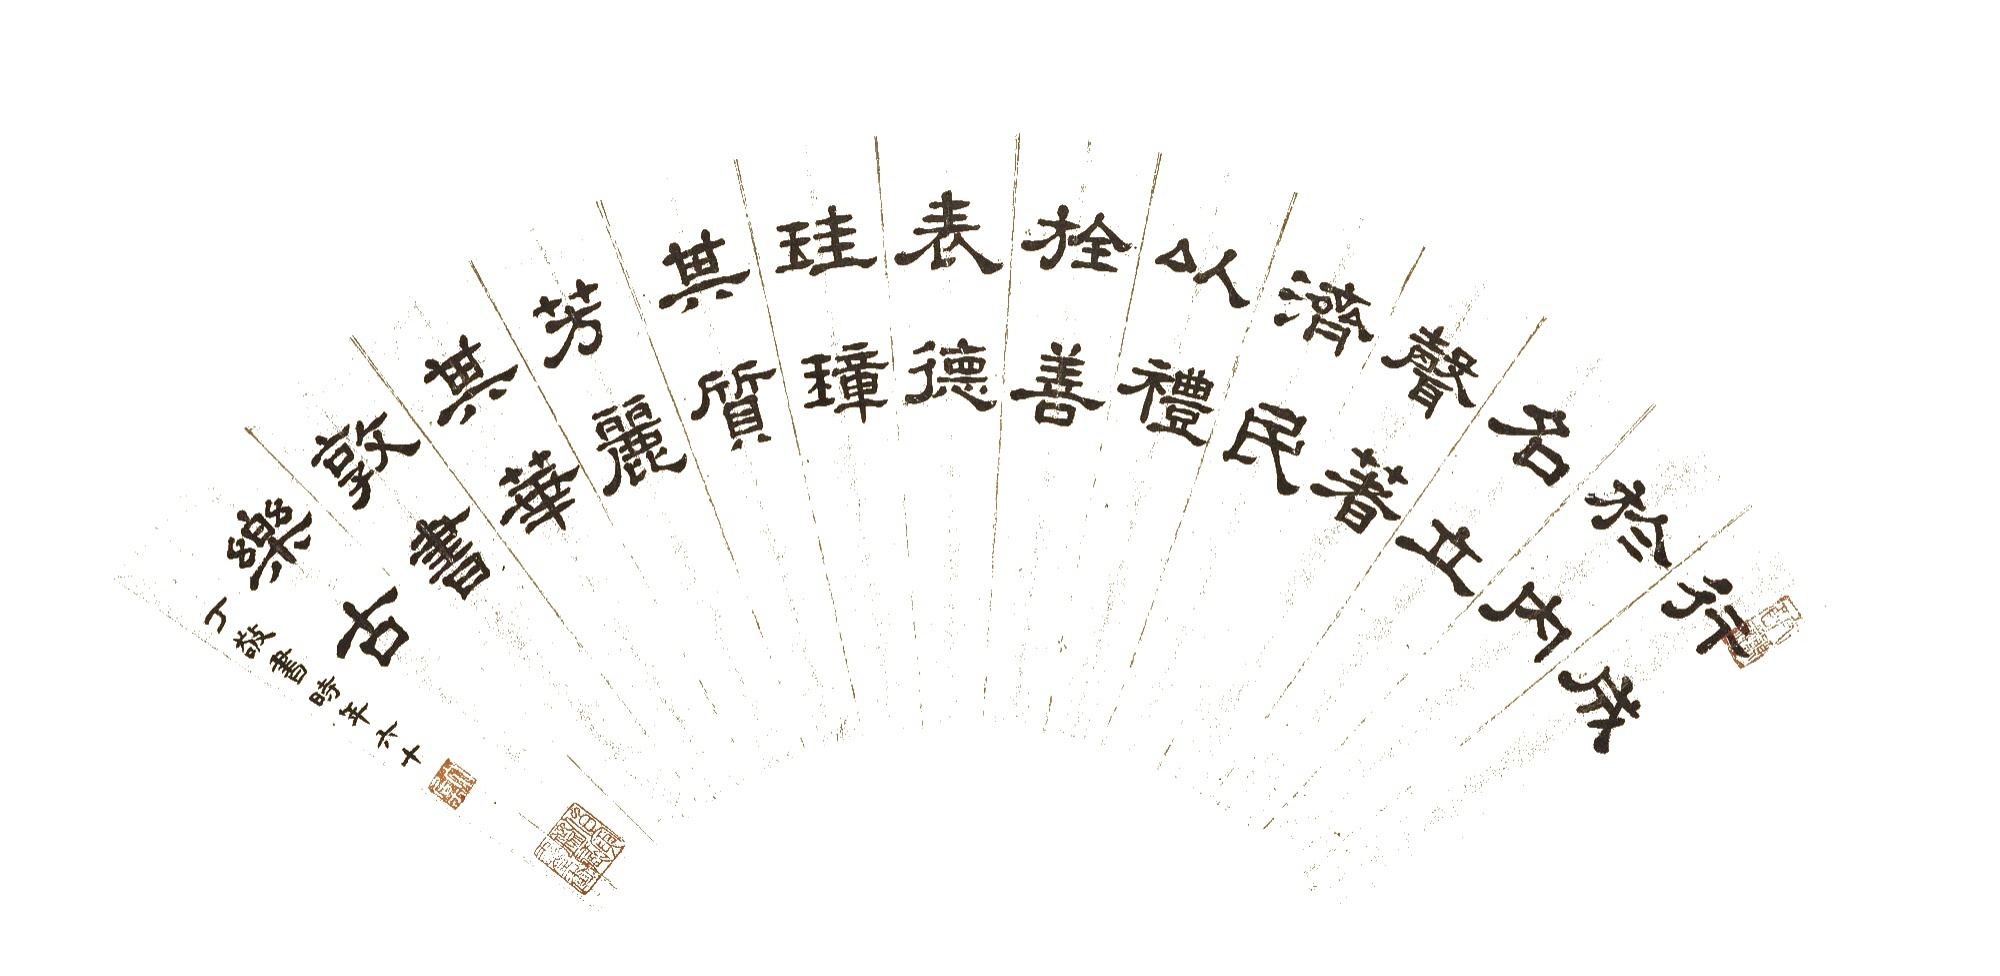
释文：行成于内，名立声着。济民以礼，施善表德。珪璋其质，芳丽其华，敦书乐谷。丁敬书，时年六十。